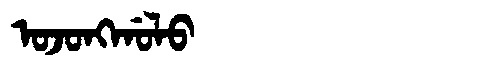
Manchu: ᠣᠵᠣᠩᡤᠣᠯᠣ
Romanization: OJONGGOLO